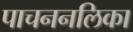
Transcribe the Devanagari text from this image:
पाचननलिका